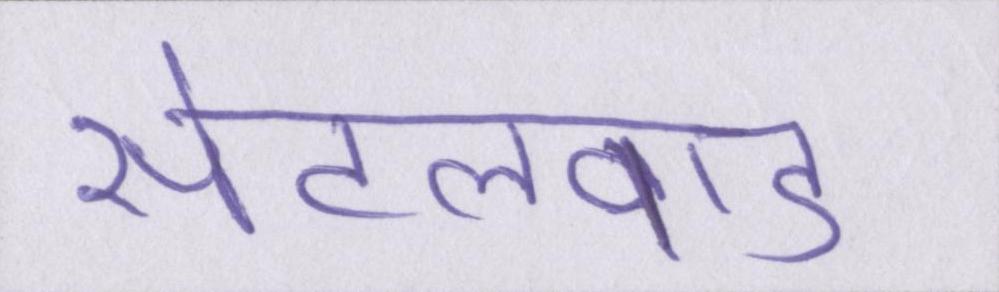
सेटलवाड